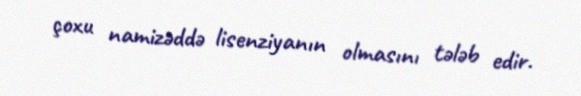
çoxu namizəddə lisenziyanın olmasını tələb edir.